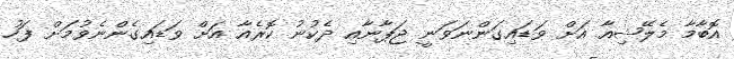
އޮބާމާ މެލޭޝިއާ އަށް ވަޑައިގަންނަވަނީ ޖަޕާނާއި ދެކުނު ކޮރެއާ އަށް ވަޑައިގެންނެވުމަށް ފަހު